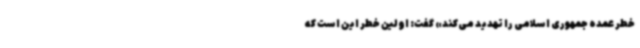
خطر عمده جمهوری اسلامی را تهدید می‌کند» گفت: اولین خطر این است که